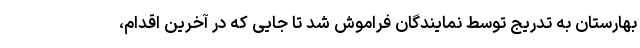
بهارستان به تدریج توسط نمایندگان فراموش شد تا جایی که در آخرین اقدام،